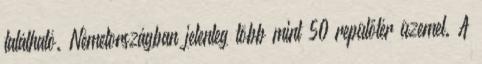
található. Németországban jelenleg több mint 50 repülőtér üzemel. A